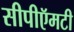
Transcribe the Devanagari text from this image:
सीपीऍमटी